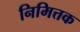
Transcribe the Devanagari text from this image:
निमित्तक